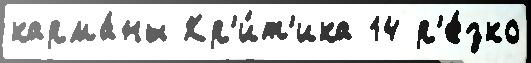
карма́ны Кр'и́т'ика 14 р'е́зко